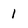
Character: 1